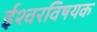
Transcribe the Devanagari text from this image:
ईश्वरविषयक